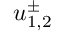
u _ { 1 , 2 } ^ { \pm }